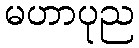
မဟာပုည